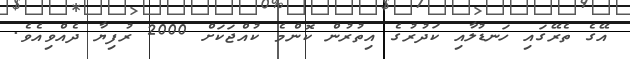
އޭގެ ތެރޭގައި ހަނޑުލާއި ކަދުރުގެ އިތުރުން ކޮންމެ ކުއްޖަކަށް 2000 ރުފިޔާ ދެއްވިއެވެ.